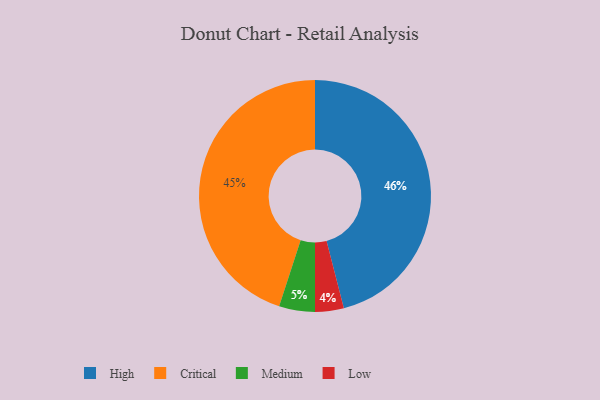
{"axis": {"x": "Category", "y": "Percentage"}, "legend": ["Critical", "High", "Low", "Medium"], "data": [{"x": "Critical", "y": 45, "type": "Critical"}, {"x": "Low", "y": 4, "type": "Low"}, {"x": "Medium", "y": 5, "type": "Medium"}, {"x": "High", "y": 46, "type": "High"}]}